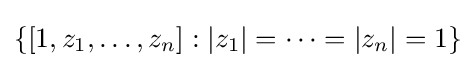
\{[1,z_{1},\ldots ,z_{n}]:|z_{1}|=\cdots =|z_{n}|=1\}